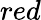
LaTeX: red